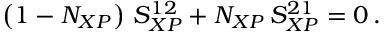
\left( 1 - N _ { X P } \right) \, S _ { X P } ^ { 1 2 } + N _ { X P } \, S _ { X P } ^ { 2 1 } = 0 \, .